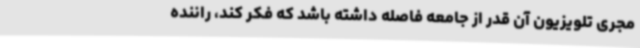
مجری تلویزیون آن قدر از جامعه فاصله داشته باشد که فکر کند، راننده